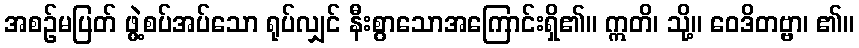
အစဉ်မပြတ် ဖွဲ့စပ်အပ်သော ရုပ်လျှင် နီးစွာသောအကြောင်းရှိ၏။ ဣတိ၊ သို့။ ဝေဒိတဗ္ဗာ၊ ၏။